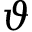
\vartheta